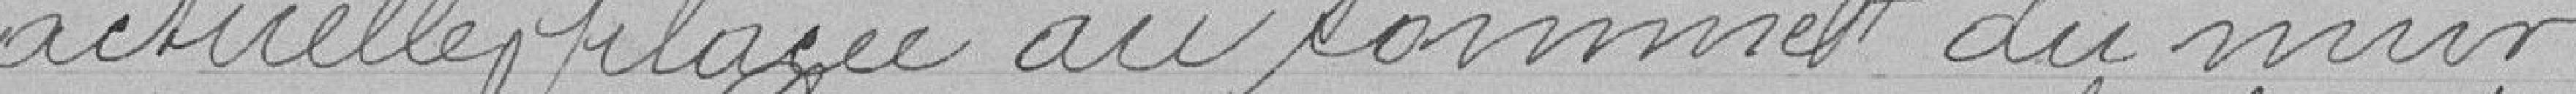
actuelle placée au sommet du mur .